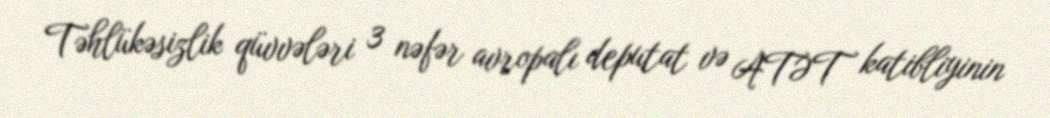
Təhlükəsizlik qüvvələri 3 nəfər avropalı deputat və ATƏT katibliyinin